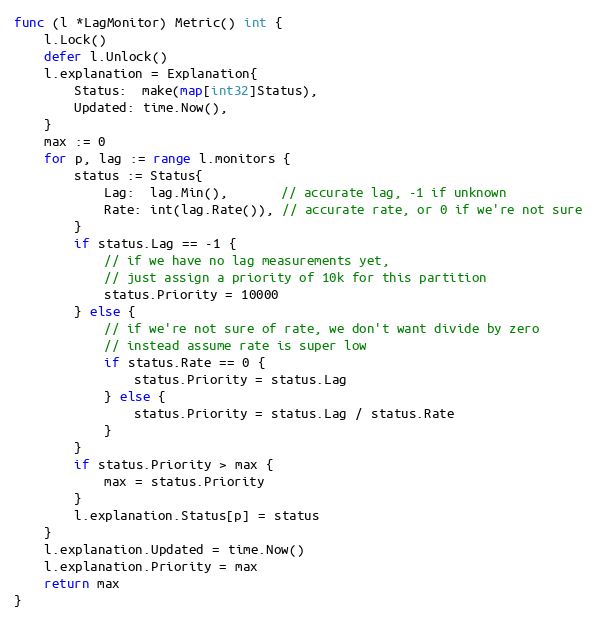
Language: Go
func (l *LagMonitor) Metric() int {
	l.Lock()
	defer l.Unlock()
	l.explanation = Explanation{
		Status:  make(map[int32]Status),
		Updated: time.Now(),
	}
	max := 0
	for p, lag := range l.monitors {
		status := Status{
			Lag:  lag.Min(),       // accurate lag, -1 if unknown
			Rate: int(lag.Rate()), // accurate rate, or 0 if we're not sure
		}
		if status.Lag == -1 {
			// if we have no lag measurements yet,
			// just assign a priority of 10k for this partition
			status.Priority = 10000
		} else {
			// if we're not sure of rate, we don't want divide by zero
			// instead assume rate is super low
			if status.Rate == 0 {
				status.Priority = status.Lag
			} else {
				status.Priority = status.Lag / status.Rate
			}
		}
		if status.Priority > max {
			max = status.Priority
		}
		l.explanation.Status[p] = status
	}
	l.explanation.Updated = time.Now()
	l.explanation.Priority = max
	return max
}